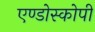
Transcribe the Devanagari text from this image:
एण्डोस्कोपी